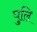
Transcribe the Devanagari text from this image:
घुलि